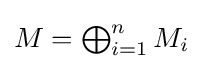
{\textstyle M=\bigoplus _{i=1}^{n}M_{i}}